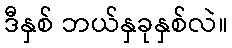
ဒီနှစ် ဘယ်နှခုနှစ်လဲ။